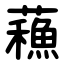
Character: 蘓